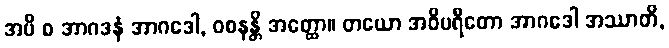
အပိ စ အာဂဒနံ အာဂဒေါ, ဝစနန္တိ အတ္ထော။ တယော အဝိပရီတော အာဂဒေါ အဿာတိ,